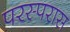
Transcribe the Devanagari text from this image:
परस्परास